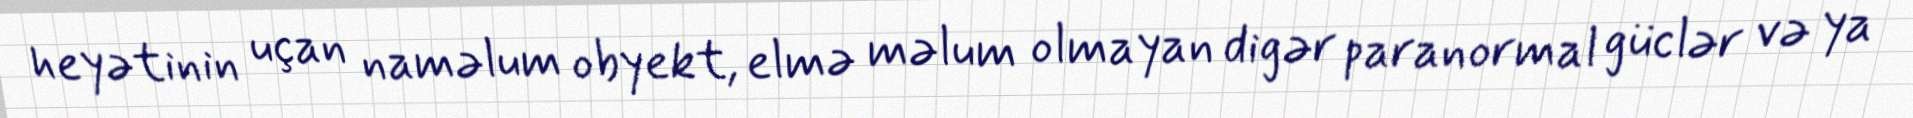
heyətinin uçan naməlum obyekt, elmə məlum olmayan digər paranormal güclər və ya